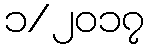
၁/၂၀၁၇